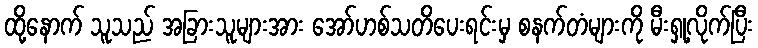
ထို့နောက် သူသည် အခြားသူများအား အော်ဟစ်သတိပေးရင်းမှ စနက်တံများကို မီးရှု့လိုက်ပြီး